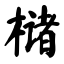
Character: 槠